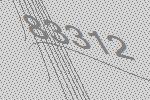
83312